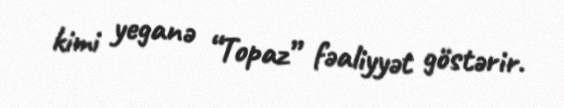
kimi yeganə “Topaz” fəaliyyət göstərir.